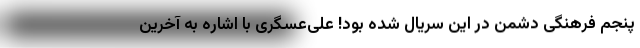
پنجم فرهنگی دشمن در این سریال شده بود! علی‌عسگری با اشاره به آخرین